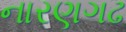
નારણગઢ